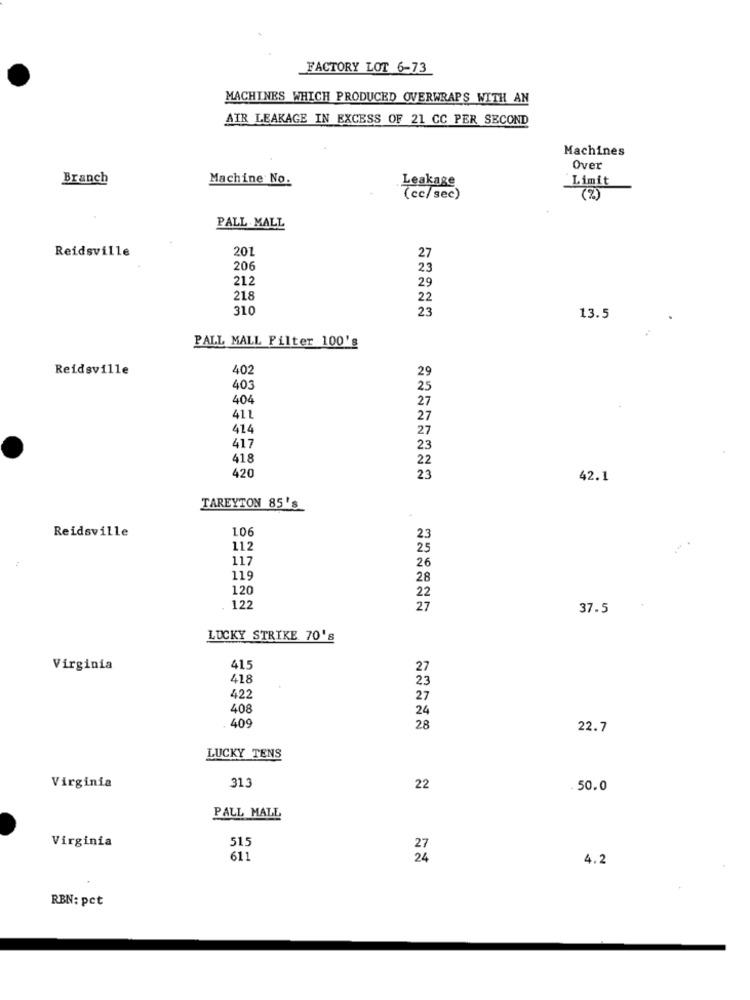
FACTORY LOT 6-73
MACHINES WHICH PRODUCED OVERWRAPS WITH AN
AIR LEAKAGE IN EXCESS OF 21 CC PER SECOND
Machines
Over
Branch
Machine No.
Leakage
Limit
(cc/sec)
( % )
PALL MALL
Reidsville
201
27
206
23
212
29
218
22
310
23
13.5
PALL MALL Filter 100's
Reidsville
402
29
403
404
27
411
27
414
27
417
23
418
22
420
23
42.1
TAREYTON 85's
Reidsville
106
23
112
25
117
26
115
28
120
22
122
27
37.5
LUCKY STRIKE 70's
Virginia
415
27
418
23
422
27
408
24
409
28
22.7
LUCKY TENS
313
Virginia
22
.50.0
PALL MALL
515
Virginia
611
4.2
RBN: pct